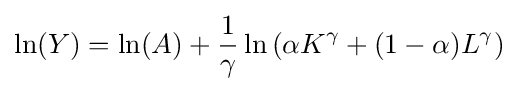
\ln(Y)=\ln(A)+{\frac {1}{\gamma }}\ln \left(\alpha K^{\gamma }+(1-\alpha )L^{\gamma }\right)